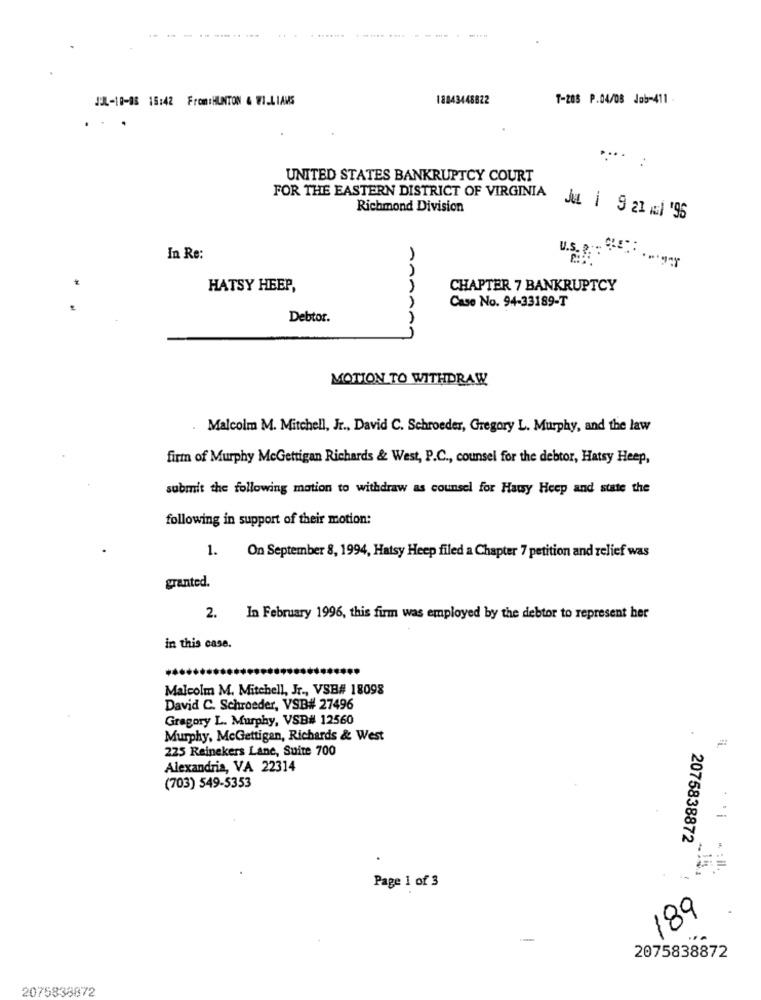
----
JL-10-08 15:42 From:HUNTON & WILLIAMS
18843448822
T-203 P.04/08 Job-411 -
...
UNITED STATES BANKRUPTCY COURT
FOR THE EASTERN DISTRICT OF VIRGINIA
Richmond Division
In Re:
HATSY HEEP,
CHAPTER 7 BANKRUPTCY
Case No. 94-33189-T
Debtor.
AAAA
MOTION TO WITHDRAW
Malcolm M. Mitchell, Jr ., David C. Schroeder, Gregory L. Murphy, and the law
firm of Murphy McGettigan Richards & West, P.C ., counsel for the debtor, Hatsy Heep,
submit the following mation to withdraw as counsel for Haty Heep and state the
following in support of their motion:
1.
On September 8, 1994, Hatsy Heep filed a Chapter 7 petition and relief was
granted.
2. In February 1996, this firm was employed by the debtor to represent her
in this case.
Malcolm M. Mitchell, Jr ., VSB# 18098
David C. Schroeder, VSB# 27496
Gregory L. Murphy, VSB# 12560
Murphy, McGettigan, Richards & West
225 Reinekers Lane, Suite 700
Alexandria, VA 22314
(703) 549-5353
...
2075838872
Page 1 of 3
189
...
2075838872
2075838872